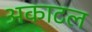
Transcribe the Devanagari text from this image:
अकाटल